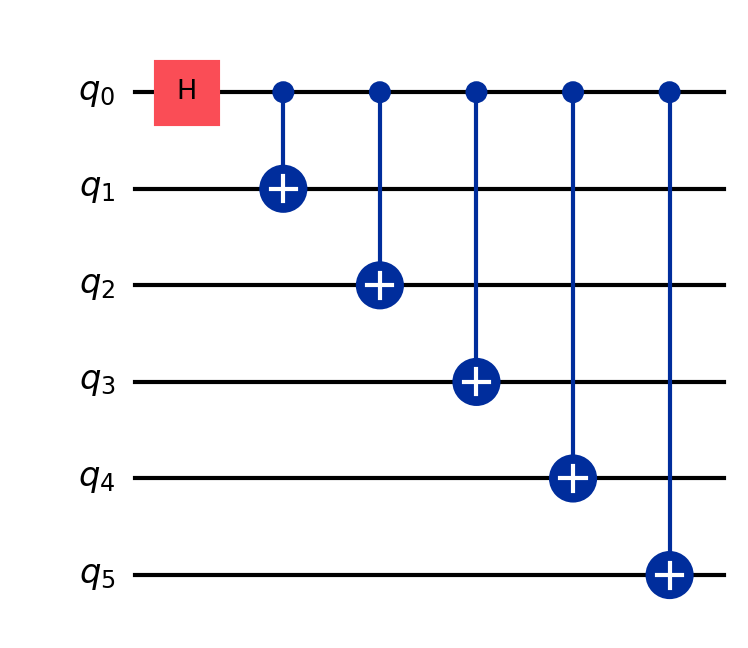
Description: 6-qubit GHZ state
描述: 6量子比特GHZ态
Category: qubit_scaling (difficulty: intermediate)
Qubits: 6, circuit depth: 6

Braket implementation:
from braket.circuits import Circuit
circuit = Circuit()
circuit.h(0)
for i in range(1, 6):
    circuit.cnot(0, i)